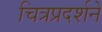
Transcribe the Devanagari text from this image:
चित्रप्रदर्शने